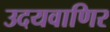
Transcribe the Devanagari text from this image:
उदयवाणिर